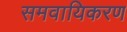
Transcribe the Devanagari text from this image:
समवायिकरण